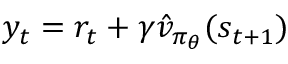
y _ { t } = r _ { t } + \gamma \hat { v } _ { \pi _ { \theta } } ( s _ { t + 1 } )